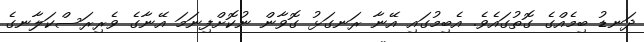
ދަނޑު ބިމެއްގެ ގޮތުގައެވެ. އެބިމުގައި އޭނާ ރަނގަޅު ގޮވާން ނުކޮށްފިނަމަ އޭނާގެ ވެރިރަސްކަލާނގެ